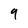
Character: q